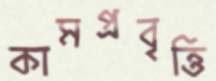
কামপ্রবৃত্তি